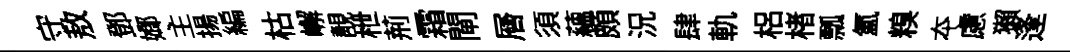
守敖鄧嫏主揚編枯嶰靚枻荊霜閘層須蘊頗況肆軌梠楮瓢氳糗夲慮獺逢